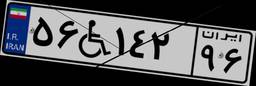
۵۶W۱۴۲۹۶